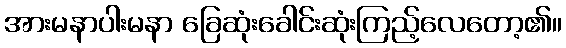
အားမနာပါးမနာ ခြေဆုံးခေါင်းဆုံးကြည့်လေတော့၏။